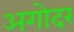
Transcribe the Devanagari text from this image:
अगोदर